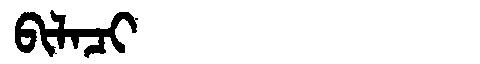
Manchu: ᠪᡳᠯᠠᠴᡳ
Romanization: BILACI